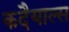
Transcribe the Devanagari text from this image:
कदैयाल्स